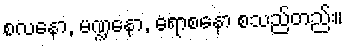
စလနော, မဏ္ဍနော, ရောစနော စသည်တည်း။